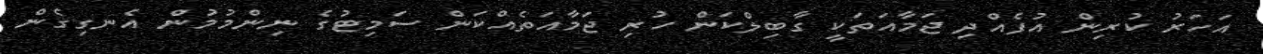
އަހަރު ކުރިން އުފެއްދި ޖަމާއަތަކީ ގާބިލްކަން ހުރި ޖަމާއަތެއްކަން ސަމިޓުގެ ނިންމުމުން އެނގިގެން